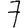
Digit: 7